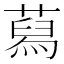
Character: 蕮